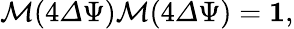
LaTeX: \begin{array}{r}{\mathcal{M}(4{\mathit\Delta\Psi})\mathcal{M}(4{\mathit\Delta\Psi})={\mathbf 1},}\end{array}